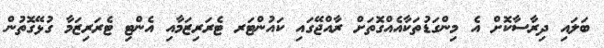
ބަލައި ދިރާސާކޮށް އެ މިންގަޑުތަކާއެއްގޮތަށް ރާއްޖޭގައި ކައުންޓަރ ޓެރަރިޒަމާއި އެންޓި ޓެރަރިޒަމާ ގުޅޭގޮތުން